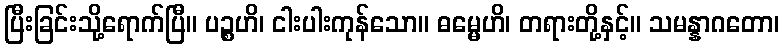
ပြီးခြင်းသို့ရောက်ပြီ။ ပဉ္စဟိ၊ ငါးပါးကုန်သော။ ဓမ္မေဟိ၊ တရားတို့နှင့်။ သမန္နာဂတော၊